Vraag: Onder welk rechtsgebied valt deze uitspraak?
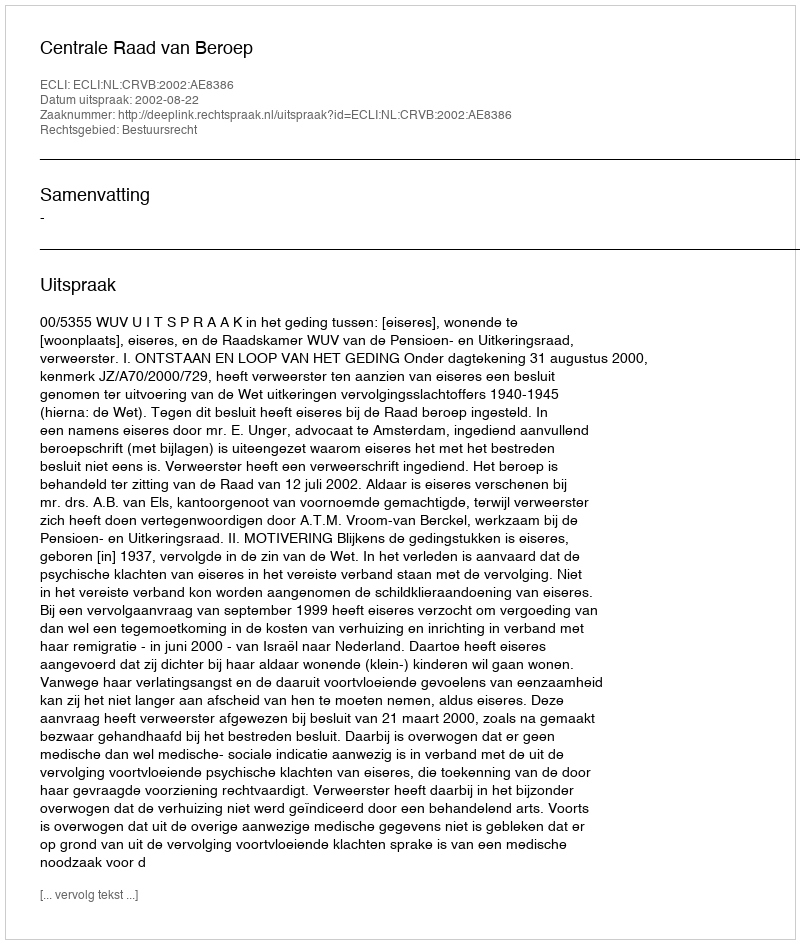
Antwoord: Bestuursrecht